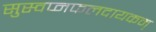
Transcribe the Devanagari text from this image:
सुस्वप्नफलदायकम्